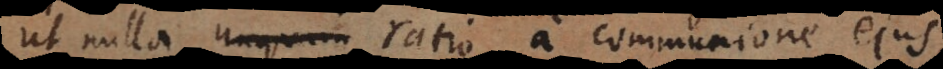
ut nulla unquam ratio a communione ejus,